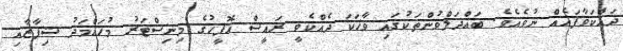
ދައްކަވާފައެއް ނުވެއެވެ. ބައްދަލްވުންތަކުގައި ވާހަކަ ދެއްކެވީ ރައީސް އޮފީހުގެ މިނިސްޓަރު މުހައްމަދު ޝިފާޒާއި